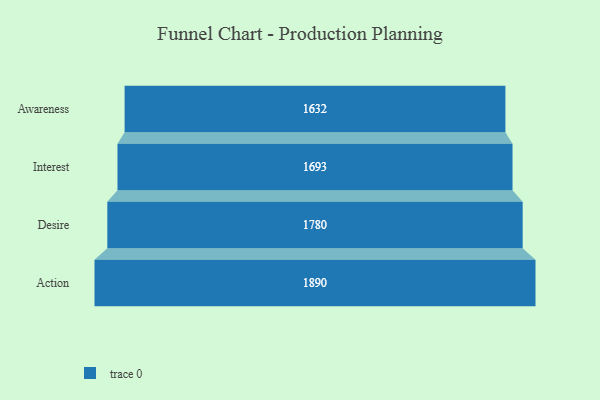
{"axis": {"x": "Stage", "y": "Value"}, "legend": [""], "data": [{"x": "Awareness", "y": 1632.0, "type": ""}, {"x": "Interest", "y": 1693.0, "type": ""}, {"x": "Desire", "y": 1780.0, "type": ""}, {"x": "Action", "y": 1890.0, "type": ""}]}